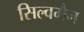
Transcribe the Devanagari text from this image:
सिल्वमैन